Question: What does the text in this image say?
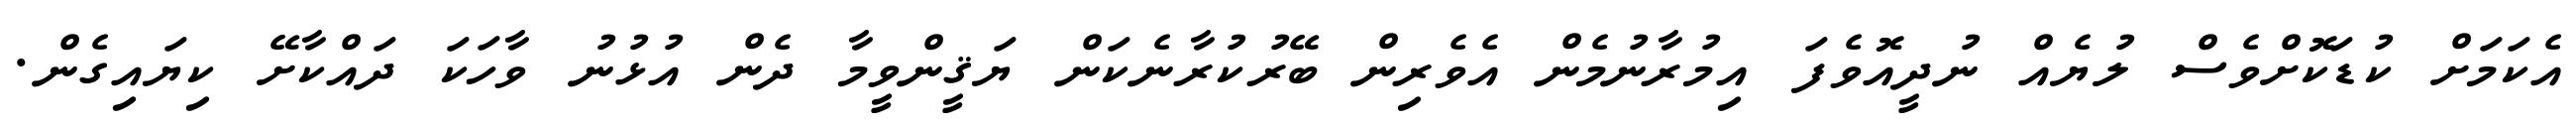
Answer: އެކަމަށް ކުޑަކޮށްވެސް ލުޔެއް ނުދީއޮވެފަ އިމުރާނުމެން އެވެރިން ބޭރުކުރާނެކަން ޔަޤީންވީމާ ދެން އުޅުނު ވާހަކަ ދައްކާށޭ ކިޔައިގެން.